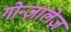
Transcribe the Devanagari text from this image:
गोन्ज़ालेज़